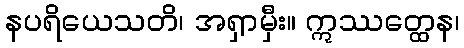
နပရိယေသတိ၊ အရှာမှီး။ ဣဿတ္ထေန၊